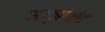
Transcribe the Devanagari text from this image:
सज्ञांयांच